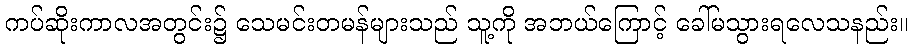
ကပ်ဆိုးကာလအတွင်း၌ သေမင်းတမန်များသည် သူ့ကို အဘယ်ကြောင့် ခေါ်မသွားရလေသနည်း။